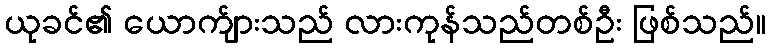
ယုခင်၏ ယောက်ျားသည် လားကုန်သည်တစ်ဦး ဖြစ်သည်။